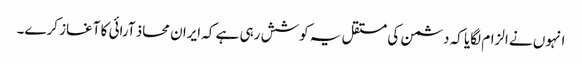
انہوں نے الزام لگایا کہ دشمن کی مستقل یہ کوشش رہی ہے کہ ایران محاذ آرائی کا آغاز کرے۔